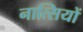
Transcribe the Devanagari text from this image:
नात्सियों